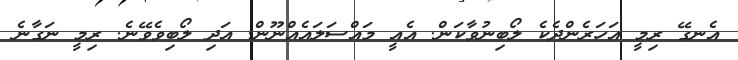
އެނގޭ ރިމީ އަހަރެންދެކެ ލޯބިނުވާކަން. އެއީ މައްސަލައެއްނޫން. އަދި ލޯބިވެވޭނެ. ރިމީ ނަގާނެ